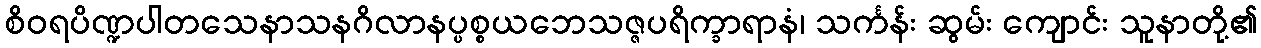
စိဝရပိဏ္ဍပါတသေနာသနဂိလာနပ္ပစ္စယဘေသဇ္ဇပရိက္ခာရာနံ၊ သင်္ကန်း ဆွမ်း ကျောင်း သူနာတို့၏